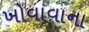
ખોવાવાના